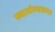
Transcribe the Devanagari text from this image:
स्वातंञ्यसमर